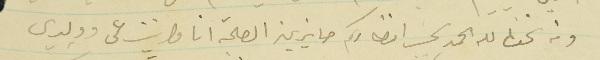
ومن نحن لله الحمد بحسب انظاركم حايزين الصحة انا وابنت عمى وولدي